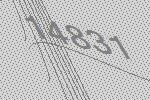
14831